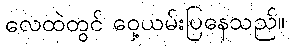
လေထဲတွင် ဝှေ့ယမ်းပြနေသည်။